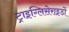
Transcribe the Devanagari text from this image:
ट्राइग्लिसेराइडों